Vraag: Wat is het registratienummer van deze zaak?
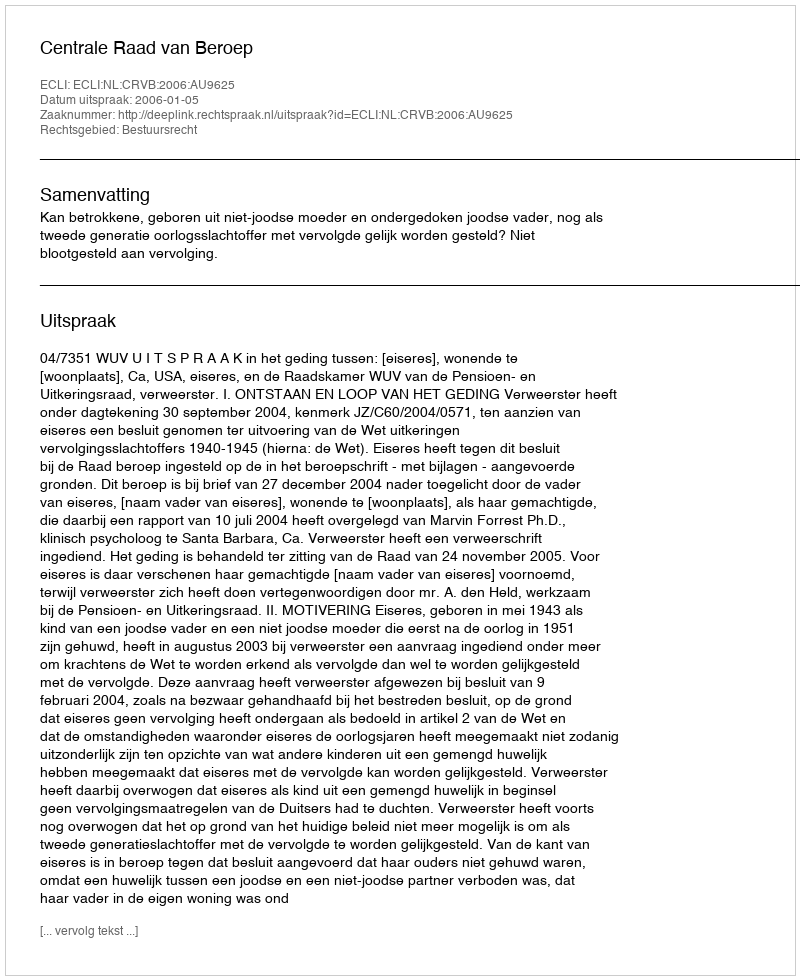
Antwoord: http://deeplink.rechtspraak.nl/uitspraak?id=ECLI:NL:CRVB:2006:AU9625